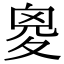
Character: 𡕩